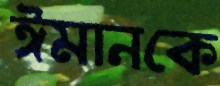
ঈমানকে